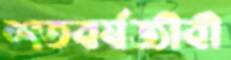
শতবর্ষজীবী